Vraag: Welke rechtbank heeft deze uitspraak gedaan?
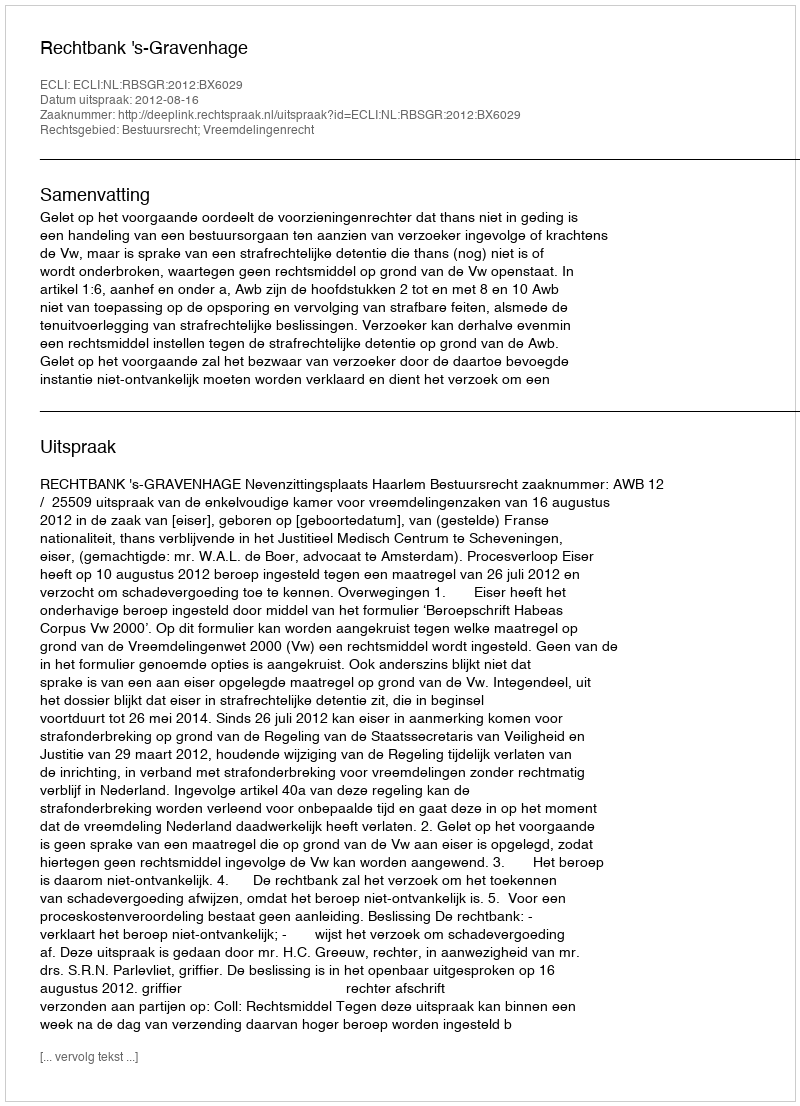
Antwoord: Rechtbank 's-Gravenhage